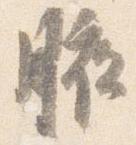
腋